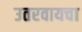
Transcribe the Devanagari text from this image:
उतरवायचा